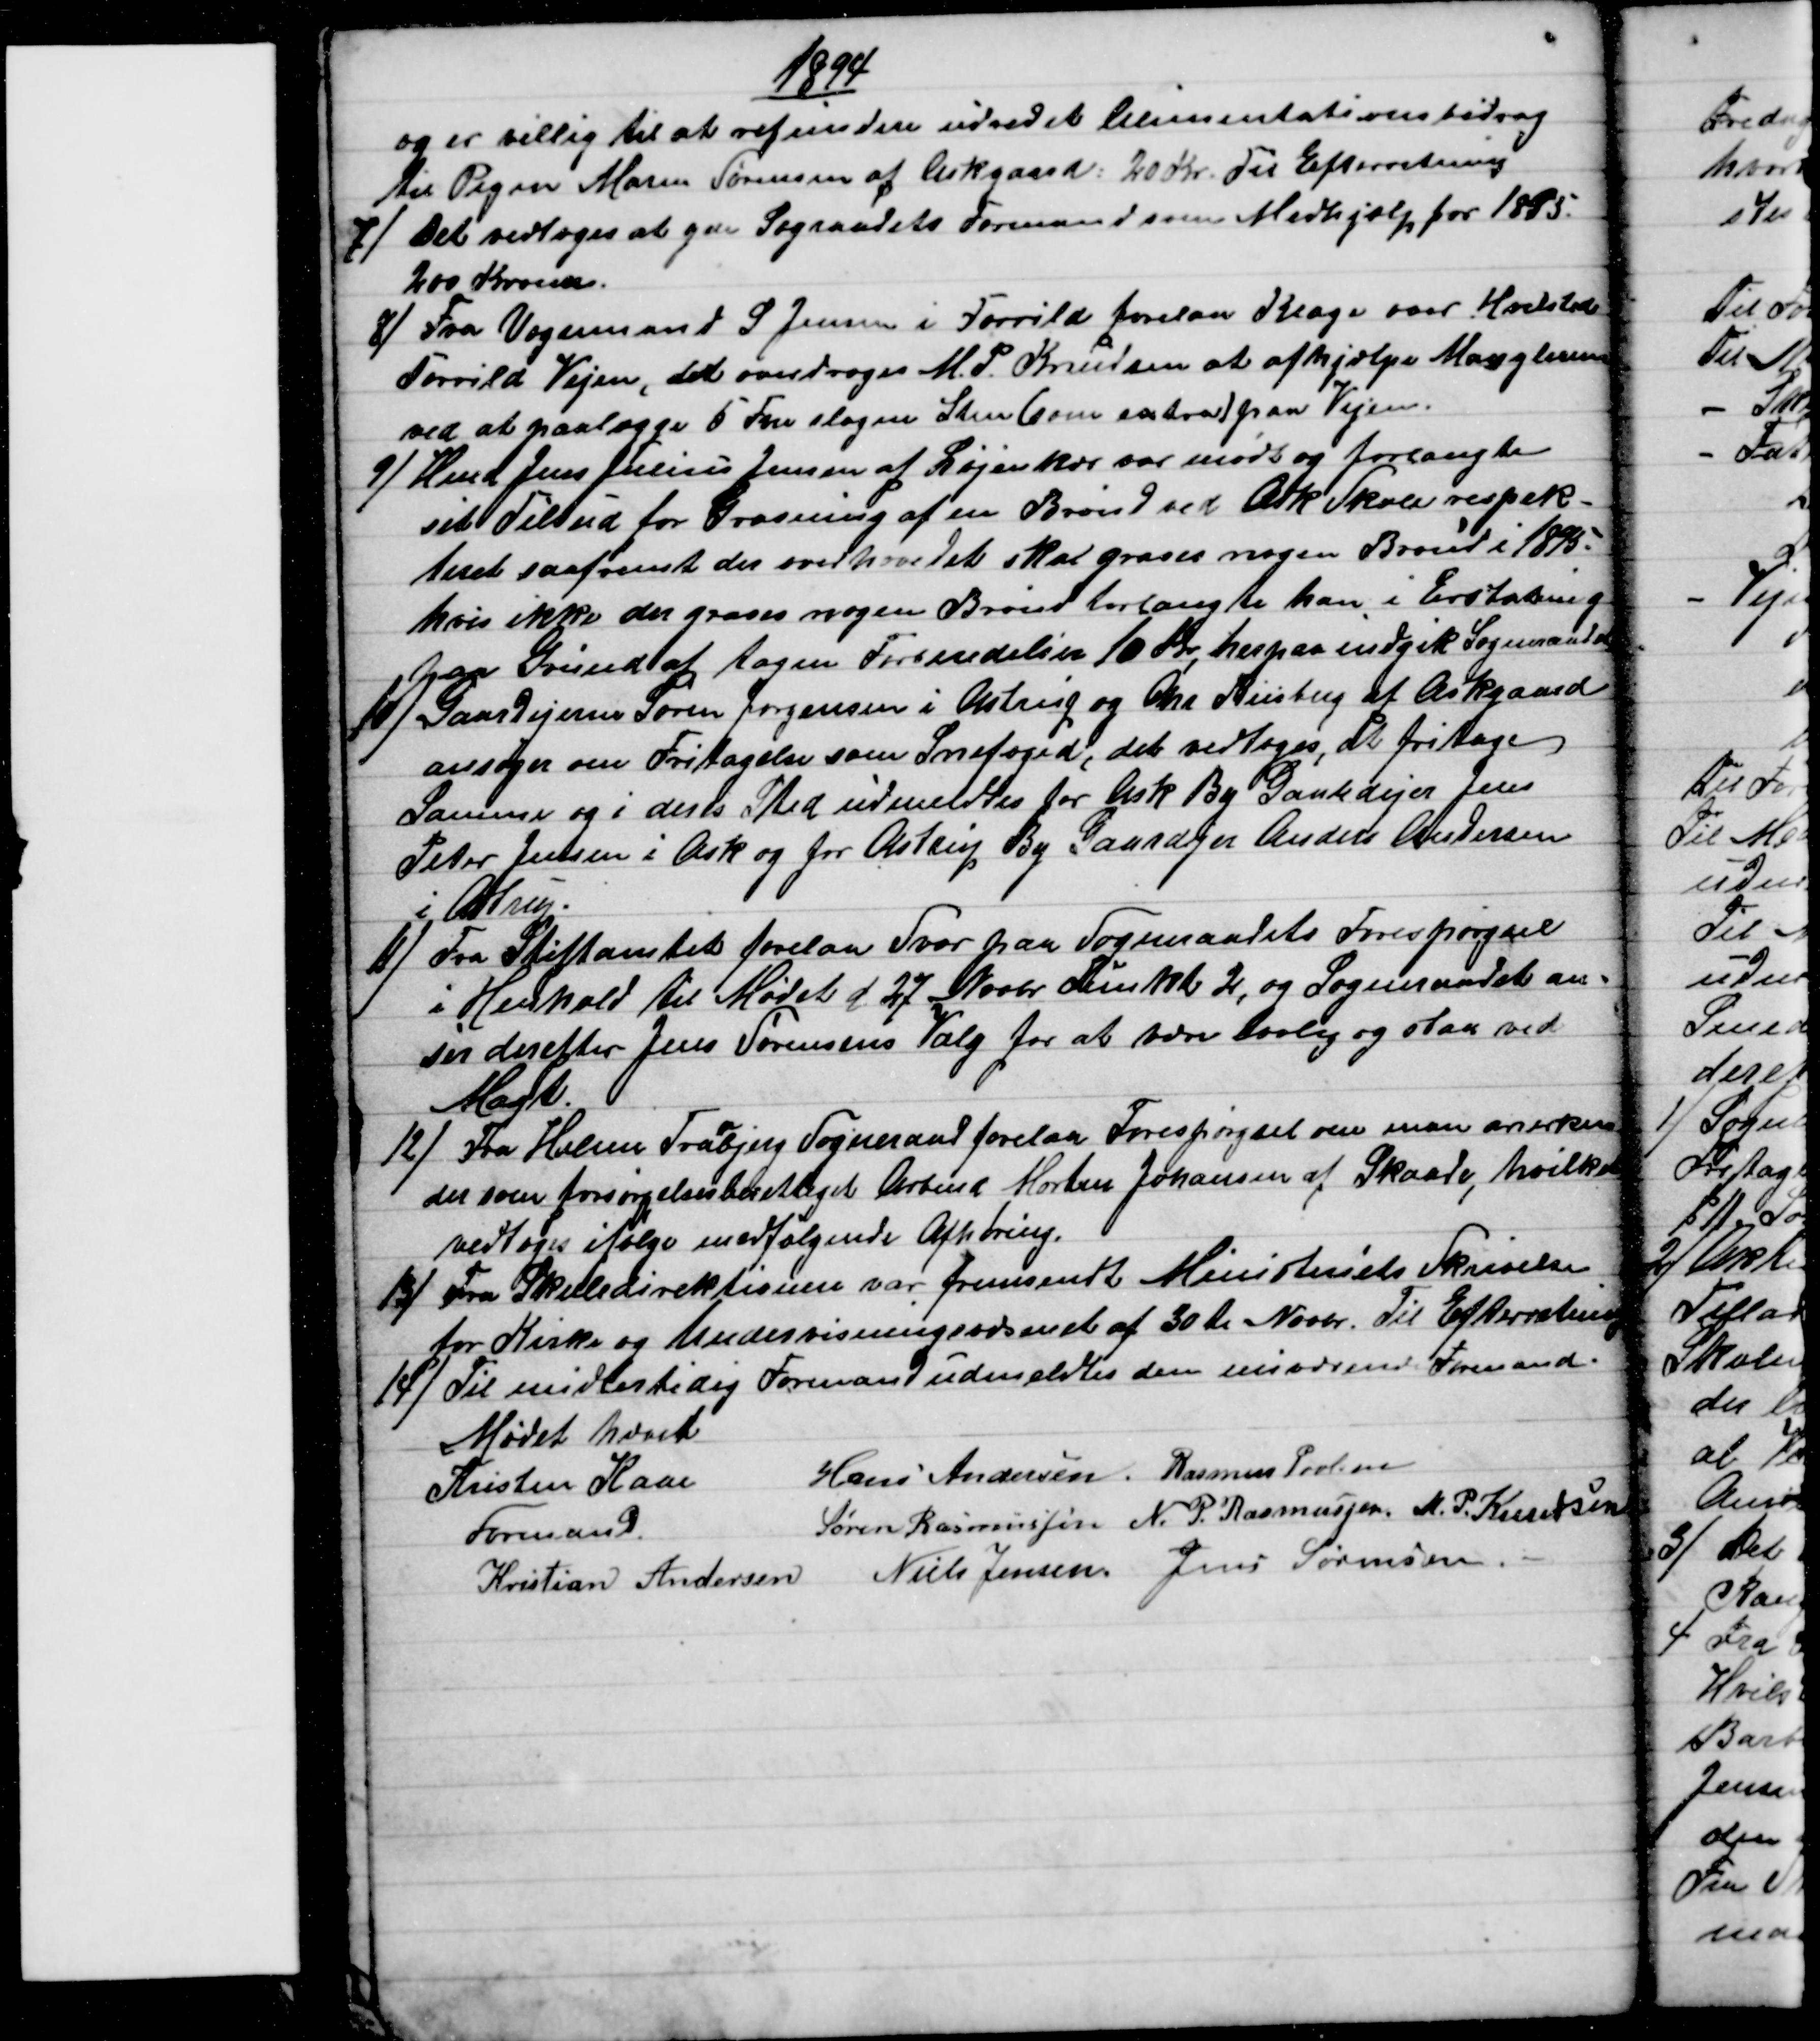
Transskription:
1894
og er villig til at refundere udredet Alimentationsbidrag
til Pigen Maren Sørensen af Askgaard: 20 Kr. Til Efterretning
7)
Det vedtoges at yde Sograadets Formand som Medhjælp for 1895.
200 Kroner.
8) 
Fra Vognmand S Jensen i Torrild forelaa Klage over Hvilsted
Torrild Vejen, det overdroges M. P. Knudsen at afhjælpe Manglerne
ved at paalægge 5 Fvn slagen Sten (som extra) paa Vejen.
9)
Hmd Jens Julius Jensen af Løjenkær var mødt og forlangte
sit Tilbud for Gravning af en Brønd ved Ask Skole respek-
teret saafremt der overhovedet skal graves nogen Brønd i 1895.
hvis ikke der graves nogen Brønd forlangte han i Erstatning
paa Grund af tagne Forberedelser 10 Kr, herpaa indgik Sogneraadet
10) 
Gaardejerne Søren Jørgensen i Astrup og Chr Riisberg af Askgaard
ansøger om Fritagelse som Snefoged, det vedtoges, at fritage
Samme og i deres Sted udmeldtes for Ask By Gaardejer Jens
Peter Jensen i Ask og for Astrup By Gaardejer Anders Andersen
i Astrup.
11)
Fra Stiftamtet forelaa Svar paa Sogneraadets Forespørgsel
i Henhold til Mødet d 27 Novbr Punkt 2, og Sogneraadet an-
ser derefter Jens Sørensens Valg for at være lovlig og staa ved
Magt.
12) 
Fra Holme Tra
n
bjerg Sogneraad forelaa Forespørgsel om man anerken
der som forsørgelsesberettiget Arbmd Morten Johansen af Skaade, hvilket
vedtoges ifølge medfølgende Afhøring.
13) 
Fra Skoledirektionen var fremsendt Ministeriets Skrivelse
for Kirke og Undervisningsvæsenet af 30te Novbr. Til Efterretning
14) 
Til midlertidig Formand udmeldtes den nuværende Formand.
Mødet hævet
Kristen Kaae
Formand.
Hans Andersen. Rasmus Povlsen
Søren Rasmussen N. P. Rasmussen. M. P. Knudsen
Kristian Andersen Niels Jensen Jens Sørensen